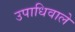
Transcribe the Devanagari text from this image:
उपाधिवाले